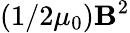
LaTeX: (1/2\mu_{0})\mathbf{B}^{2}